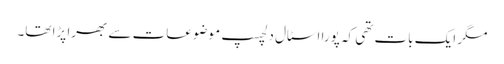
مگر ایک بات تھی کہ پورا اسٹال دلچسپ موضوعات سے بھرا پڑا تھا۔